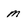
Character: M